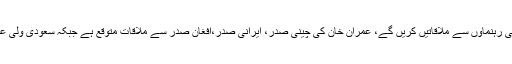
ذرائع کا کہنا ہے کہ عمران خان اجلاس کی سائیڈ لائنز پر مختلف عالمی رہنماوں سے ملاقاتیں کریں گے، عمران خان کی چینی صدر، ایرانی صدر،افغان صدر سے ملاقات متوقع ہے جبکہ سعودی ولی عہد، روسی صدر اور بھارتی وزیراعظم سے بھی ملاقات کا امکان ہے۔